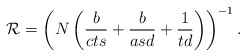
\begin{align*} \mathcal{R} = \left( N\left(\frac{b}{cts}+\frac{b}{asd}+ \frac{1}{td}\right) \right)^{-1} . \end{align*}